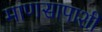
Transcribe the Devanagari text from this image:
माणसापाशी